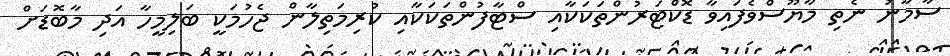
ސާމާނު ނެތި މާޔޫސްވެފައިވާ ޑޮކްޓަރުންތަކަކާއި ސްޓާފުންތަކަކާއި ކުރިމަތިލާން ޖެހުމަކީ ބަލިމީހާ އަދި މާބޮޑަށް